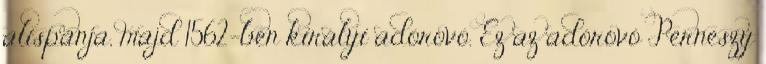
alispánja, majd 1562-ben királyi adórovó. Ez az adórovó Perneszy